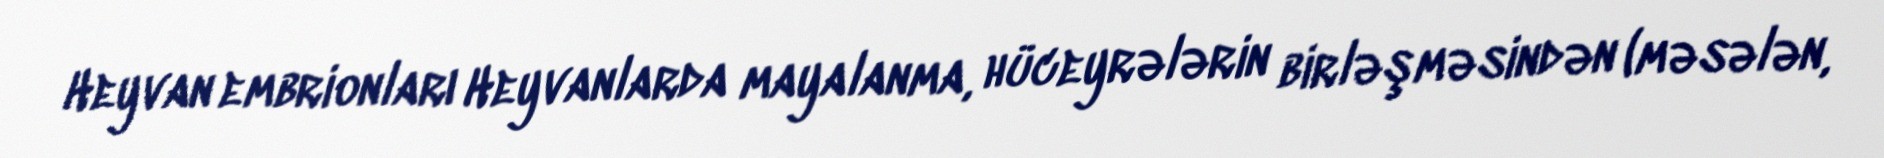
Heyvan embrionları Heyvanlarda mayalanma, hüceyrələrin birləşməsindən (məsələn,